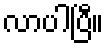
လာပါပြီ။